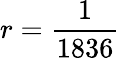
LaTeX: r=\frac{1}{1836}